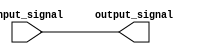
module IO_LowPowerBuffer (
    input wire input_signal,
    output reg output_signal
);

// Buffer logic for low power consumption
always @ (input_signal)
begin
    output_signal <= input_signal;
end

endmodule